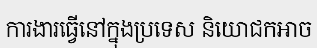
ការងារធ្វើនៅក្នុងប្រទេស និយោជកអាច